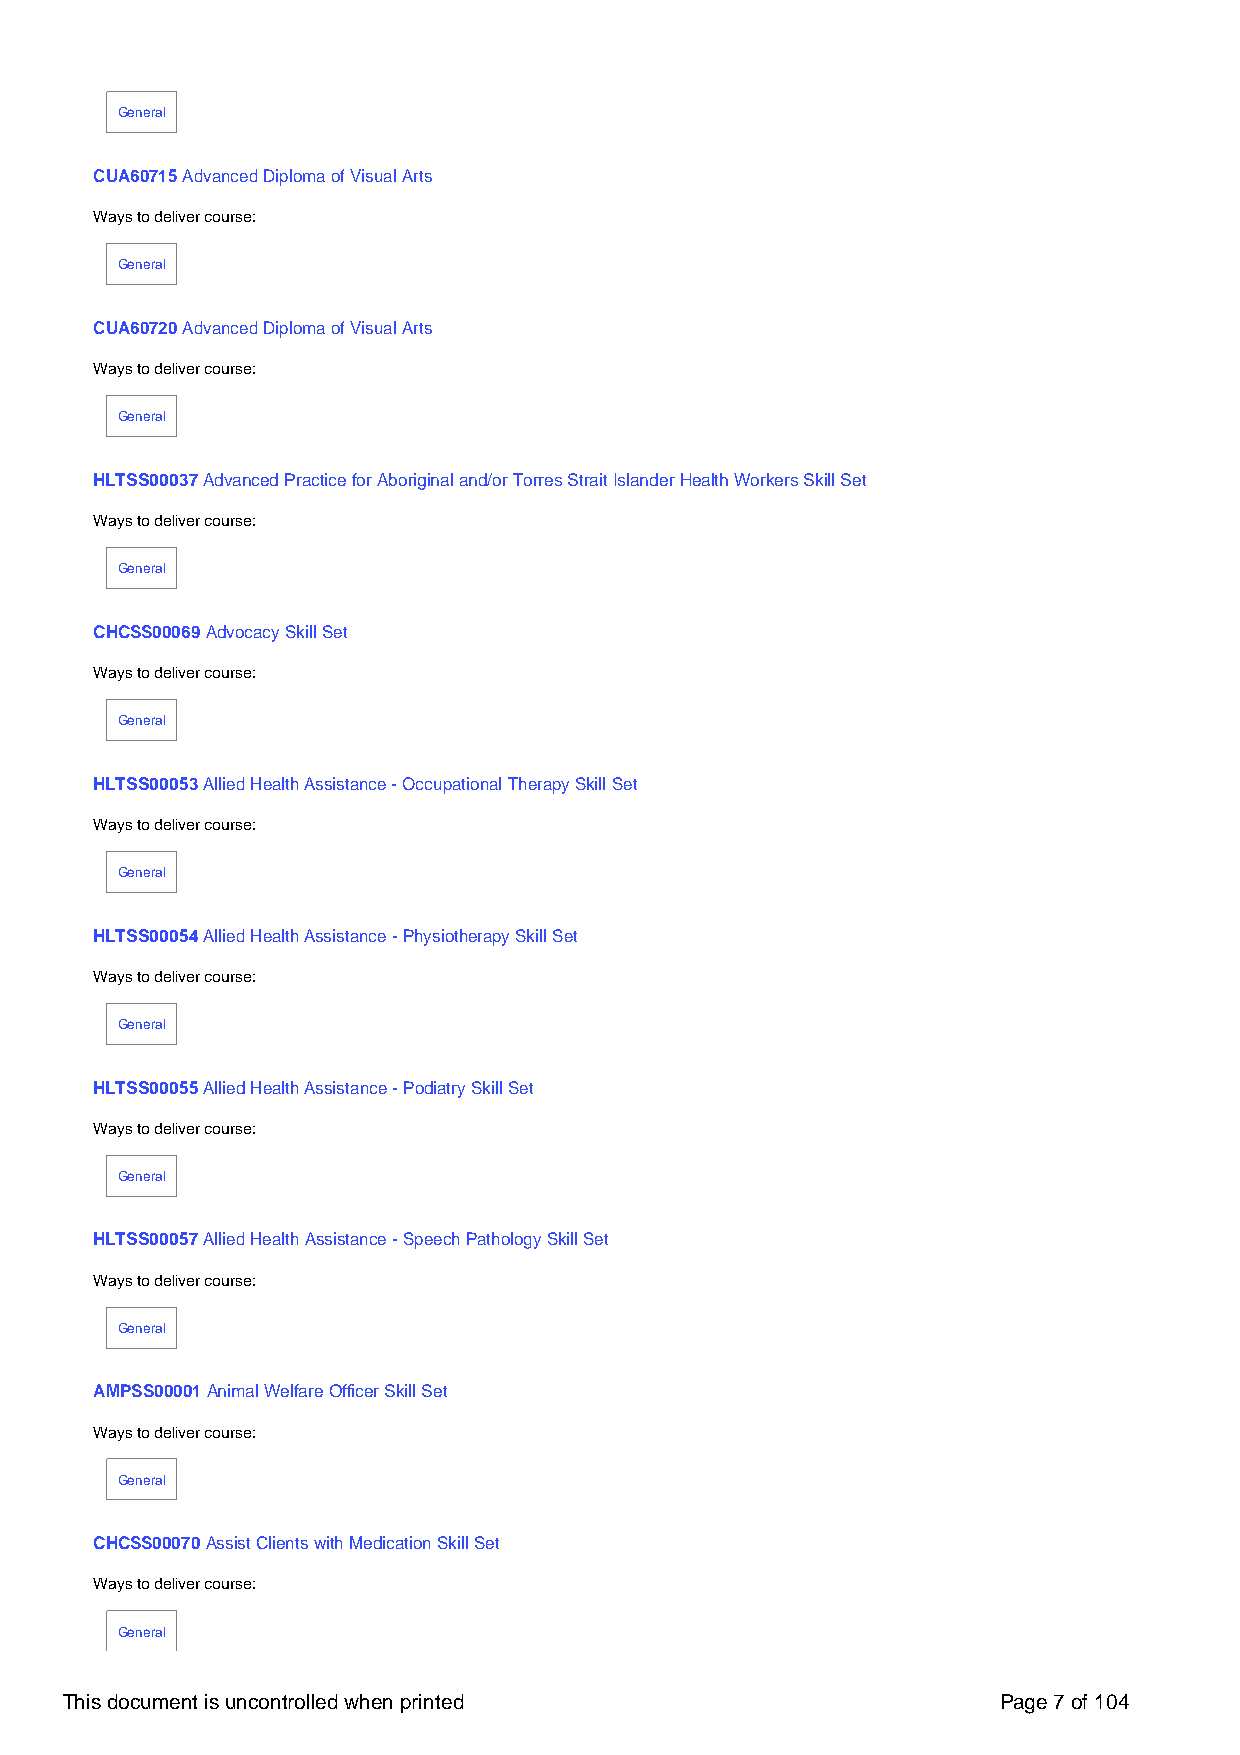
General
 CUA60715 Advanced Diploma of Visual Arts
 Ways to deliver course:
 General
 CUA60720 Advanced Diploma of Visual Arts
 Ways to deliver course:
 General
 HLTSS00037 Advanced Practice for Aboriginal and/or Torres Strait Islander Health Workers Skill Set
 Ways to deliver course:
 General
 CHCSS00069 Advocacy Skill Set
 Ways to deliver course:
 General
 HLTSS00053 Allied Health Assistance - Occupational Therapy Skill Set
 Ways to deliver course:
 General
 HLTSS00054 Allied Health Assistance - Physiotherapy Skill Set
 Ways to deliver course:
 General
 HLTSS00055 Allied Health Assistance - Podiatry Skill Set
 Ways to deliver course:
 General
 HLTSS00057 Allied Health Assistance - Speech Pathology Skill Set
 Ways to deliver course:
 General
 AMPSS00001 Animal Welfare Officer Skill Set
 Ways to deliver course:
 General
 CHCSS00070 Assist Clients with Medication Skill Set
 Ways to deliver course:
 General
 This document is uncontrolled when printed                    Page 7 of 104